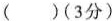
()(3分)